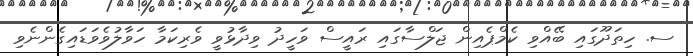
ސ. ހިތަދޫގައި ބޭއްވި ކެމްޕެއިން ޖަލްސާގައި ރައީސް ވަހީދު ވިދާޅުވީ ވެރިކަމާ ހަވާލުވެވަޑައިގެންނެވި